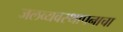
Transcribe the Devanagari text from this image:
जलव्यवस्थापनाचा